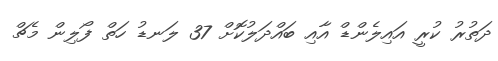
ދަތުރު ކުރީ އައިލެންޑް އާއި ބައްދަލުކޮށް 37 ލަނޑު ހަތް ފޯލިން މެޗް